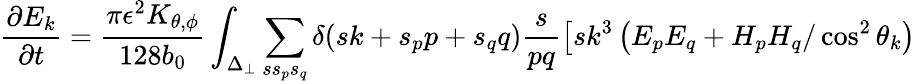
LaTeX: \frac{\partial E_{k}}{\partial t}=\frac{\pi\epsilon^{2}K_{\theta,\phi}}{128b_{0}}\int_{\Delta_{\perp}}\sum_{ss_{p}s_{q}}\delta(sk+s_{p}p+s_{q}q)\frac{s}{pq}\left[sk^{3}\left(E_{p}E_{q}+H_{p}H_{q}/\cos^{2}\theta_{k}\right)\right.